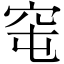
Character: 窀